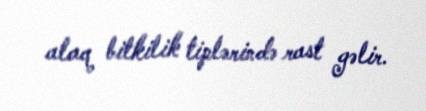
alaq bitkilik tiplərində rast gəlir.